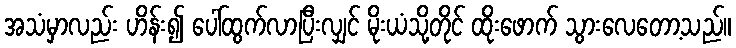
အသံမှာလည်း ဟိန်း၍ ပေါ်ထွက်လာပြီးလျှင် မိုးယံသို့တိုင် ထိုးဖောက် သွားလေတော့သည်။